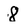
Character: 8